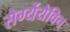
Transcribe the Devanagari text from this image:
सेर्ग्येयेविच